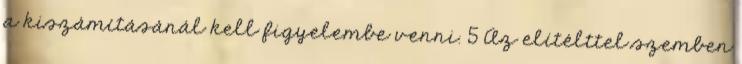
a kiszámításánál kell figyelembe venni. 5 Az elítélttel szemben